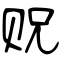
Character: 贶